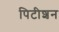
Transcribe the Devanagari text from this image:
पिटीशन